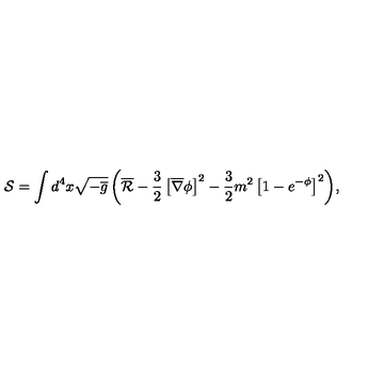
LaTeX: \mathcal { S } = \int { d ^ { 4 } x \sqrt { - \overline { { g } } } \left( \overline { { \mathcal { R } } } - \frac { 3 } { 2 } \left[ \overline { { \nabla } } \phi \right] ^ { 2 } - \frac { 3 } { 2 } m ^ { 2 } \left[ 1 - e ^ { - \phi } \right] ^ { 2 } \right) } ,